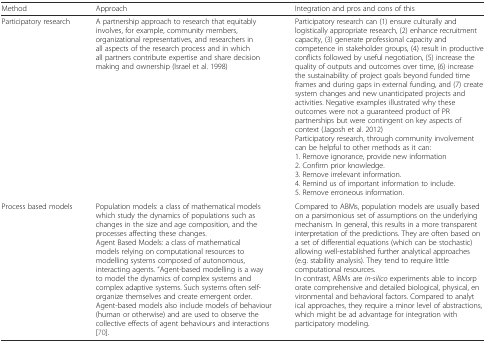
<table><thead><tr><td><b>Method</b></td><td><b>Approach</b></td><td><b>Integration and pros and cons of this</b></td></tr></thead><tbody><tr><td>Participatory research</td><td>A partnership approach to research that equitably involves, for example, community members, organizational representatives, and researchers in all aspects of the research process and in which all partners contribute expertise and share decision making and ownership (Israel et al. 1998)</td><td>Participatory research can (1) ensure culturally and logistically appropriate research, (2) enhance recruitment capacity, (3) generate professional capacity and competence in stakeholder groups, (4) result in productive conflicts followed by useful negotiation, (5) increase the quality of outputs and outcomes over time, (6) increase the sustainability of project goals beyond funded time frames and during gaps in external funding, and (7) create system changes and new unanticipated projects and activities. Negative examples illustrated why these outcomes were not a guaranteed product of PR partnerships but were contingent on key aspects of context (Jagosh et al. 2012)Participatory research, through community involvement can be helpful to other methods as it can:1. Remove ignorance, provide new information2. Confirm prior knowledge.3. Remove irrelevant information.4. Remind us of important information to include.5. Remove erroneous information.</td></tr><tr><td>Process based models</td><td>Population models: a class of mathematical models which study the dynamics of populations such as changes in the size and age composition, and the processes affecting these changes.Agent Based Models: a class of mathematical models relying on computational resources to modelling systems composed of autonomous, interacting agents. “Agent-based modelling is a way to model the dynamics of complex systems and complex adaptive systems. Such systems often self-organize themselves and create emergent order. Agent-based models also include models of behaviour (human or otherwise) and are used to observe the collective effects of agent behaviours and interactions [70].</td><td>Compared to ABMs, population models are usually based on a parsimonious set of assumptions on the underlying mechanism. In general, this results in a more transparent interpretation of the predictions. They are often based on a set of differential equations (which can be stochastic) allowing well-established further analytical approaches (e.g. stability analysis). They tend to require little computational resources.In contrast, ABMs are <i>in-silico</i> experiments able to incorporate comprehensive and detailed biological, physical, environmental and behavioral factors. Compared to analytical approaches, they require a minor level of abstractions, which might be ad advantage for integration with participatory modeling.</td></tr></tbody></table>